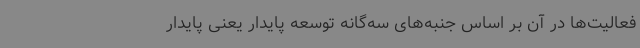
فعالیت‌ها در آن بر اساس جنبه‌های سه‌گانه توسعه پایدار یعنی پایدار